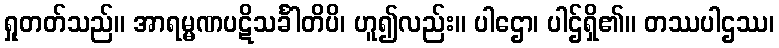
ရှုတတ်သည်။ အာရမ္မဏပဋိသင်္ခါတိပိ၊ ဟူ၍လည်း။ ပါဌော၊ ပါဌ်ရှိ၏။ တဿပါဌဿ၊